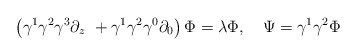
\begin{align*}\left( \gamma ^1\gamma ^2\gamma ^3\partial _z\ +\gamma^1\gamma^2\gamma ^0\partial _0\right) \Phi =\lambda \Phi ,\quad \Psi =\gamma^1\gamma ^2\Phi\end{align*}